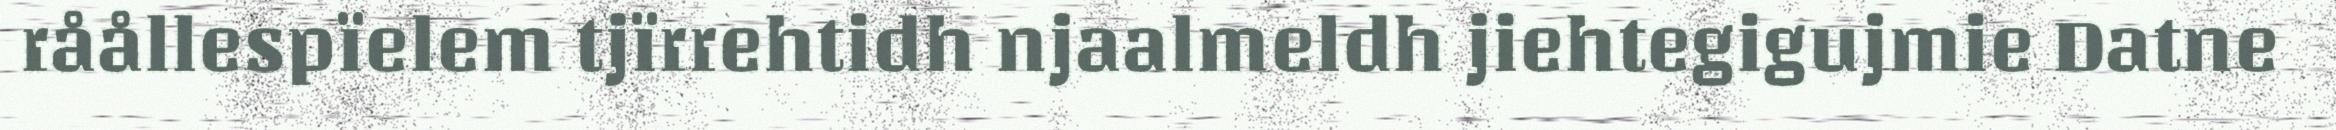
råållespïelem tjïrrehtidh njaalmeldh jiehtegigujmie Datne